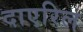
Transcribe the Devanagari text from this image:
दाएरिल